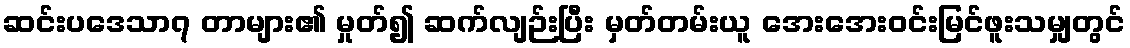
ဆင်းပဒေသာ၇ တာများ၏ မှုတ်၍ ဆက်လျဉ်းပြီး မှတ်တမ်းယူ အေးအေးဝင်းမြင်ဖူးသမျှတွင်